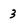
Character: 3